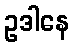
ဥဒါနေ